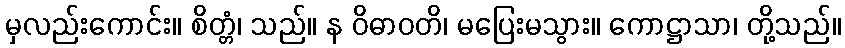
မှလည်းကောင်း။ စိတ္တံ၊ သည်။ န ဝိဓာဝတိ၊ မပြေးမသွား။ ကောဋ္ဌာသာ၊ တို့သည်။